Document type: Sale
Year: 1354
Scribe: Bernat de Torre
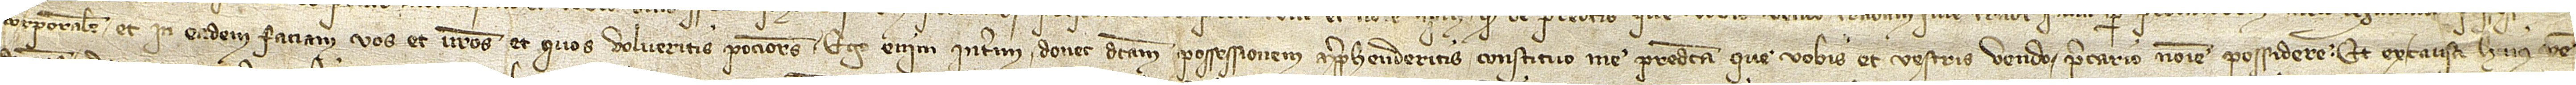
corporalem et in eadem faciam vos et vestros et quos volueritis pociores. Ego enim interim, donec dictam possessionem apprehenderitis, constituo me predicta que vobis et vestris vendo precario nomine possidere. Et ex causa huius ven-